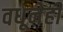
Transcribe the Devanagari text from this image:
वधूनेही